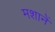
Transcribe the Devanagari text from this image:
मशानें